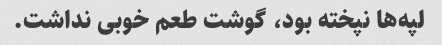
لپه‌ها نپخته بود، گوشت طعم خوبی نداشت.